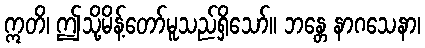
ဣတိ၊ ဤသို့မိန့်တော်မူသည်ရှိသော်။ ဘန္တေ နာဂသေနာ၊